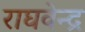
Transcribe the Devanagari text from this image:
राघवेन्‍द्र